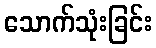
သောက်သုံးခြင်း